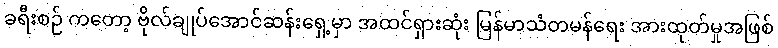
ခရီးစဉ် ကတော့ ဗိုလ်ချုပ်အောင်ဆန်းရှေ့မှာ အထင်ရှားဆုံး မြန်မာသံတမန်ရေး အားထုတ်မှုအဖြစ်